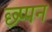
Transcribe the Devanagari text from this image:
छ्प्पन